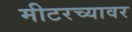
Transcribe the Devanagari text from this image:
मीटरच्यावर